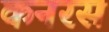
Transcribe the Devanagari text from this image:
कनरस